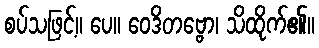
စပ်သဖြင့်။ ပေ။ ဝေဒိတဗ္ဗော၊ သိထိုက်၏။